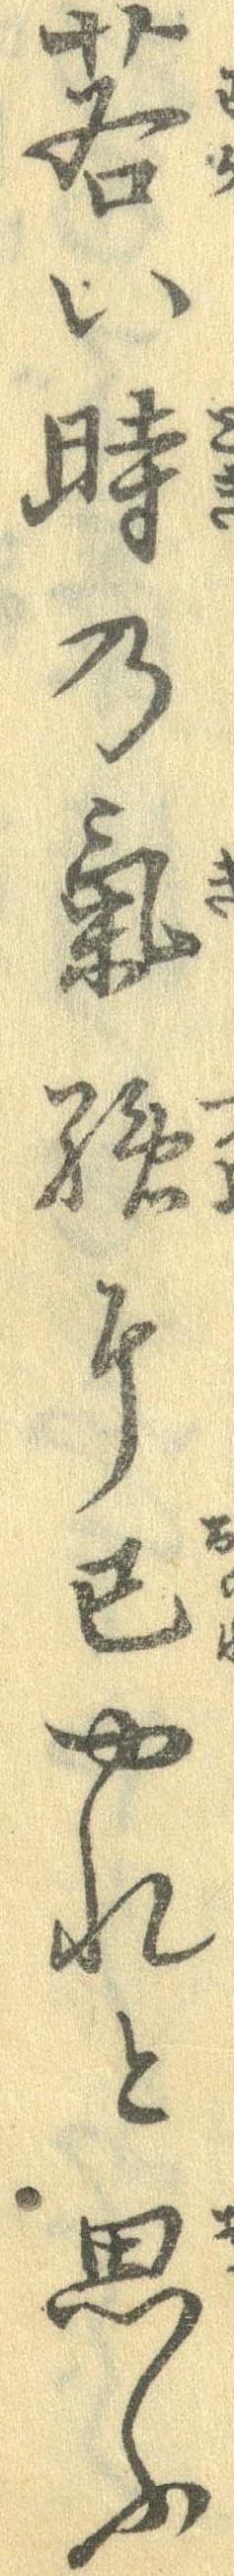
若い時の気強に己やれと思ふ